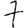
Digit: 7